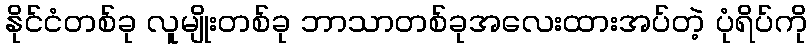
နိုင်ငံတစ်ခု လူမျိုးတစ်ခု ဘာသာတစ်ခုအလေးထားအပ်တဲ့ ပုံရိပ်ကို